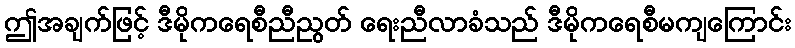
ဤအချက်ဖြင့် ဒီမိုကရေစီညီညွတ် ရေးညီလာခံသည် ဒီမိုကရေစီမကျကြောင်း